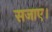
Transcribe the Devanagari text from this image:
सजाए।